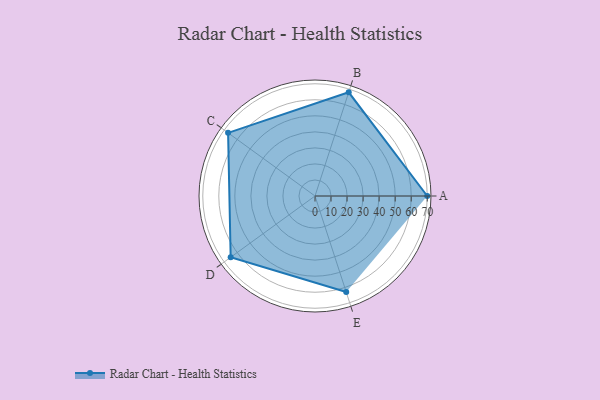
{"axis": {"x": "Skill", "y": "Score"}, "legend": ["Profile"], "data": [{"x": "A", "y": 70.0, "type": "Profile"}, {"x": "B", "y": 68.0, "type": "Profile"}, {"x": "C", "y": 67.0, "type": "Profile"}, {"x": "D", "y": 65.0, "type": "Profile"}, {"x": "E", "y": 63.0, "type": "Profile"}]}